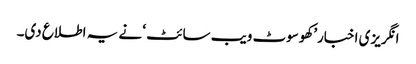
انگریزی اخبار’کھوسوٹ ویب سائٹ ‘ نے یہ اطلاع دی۔